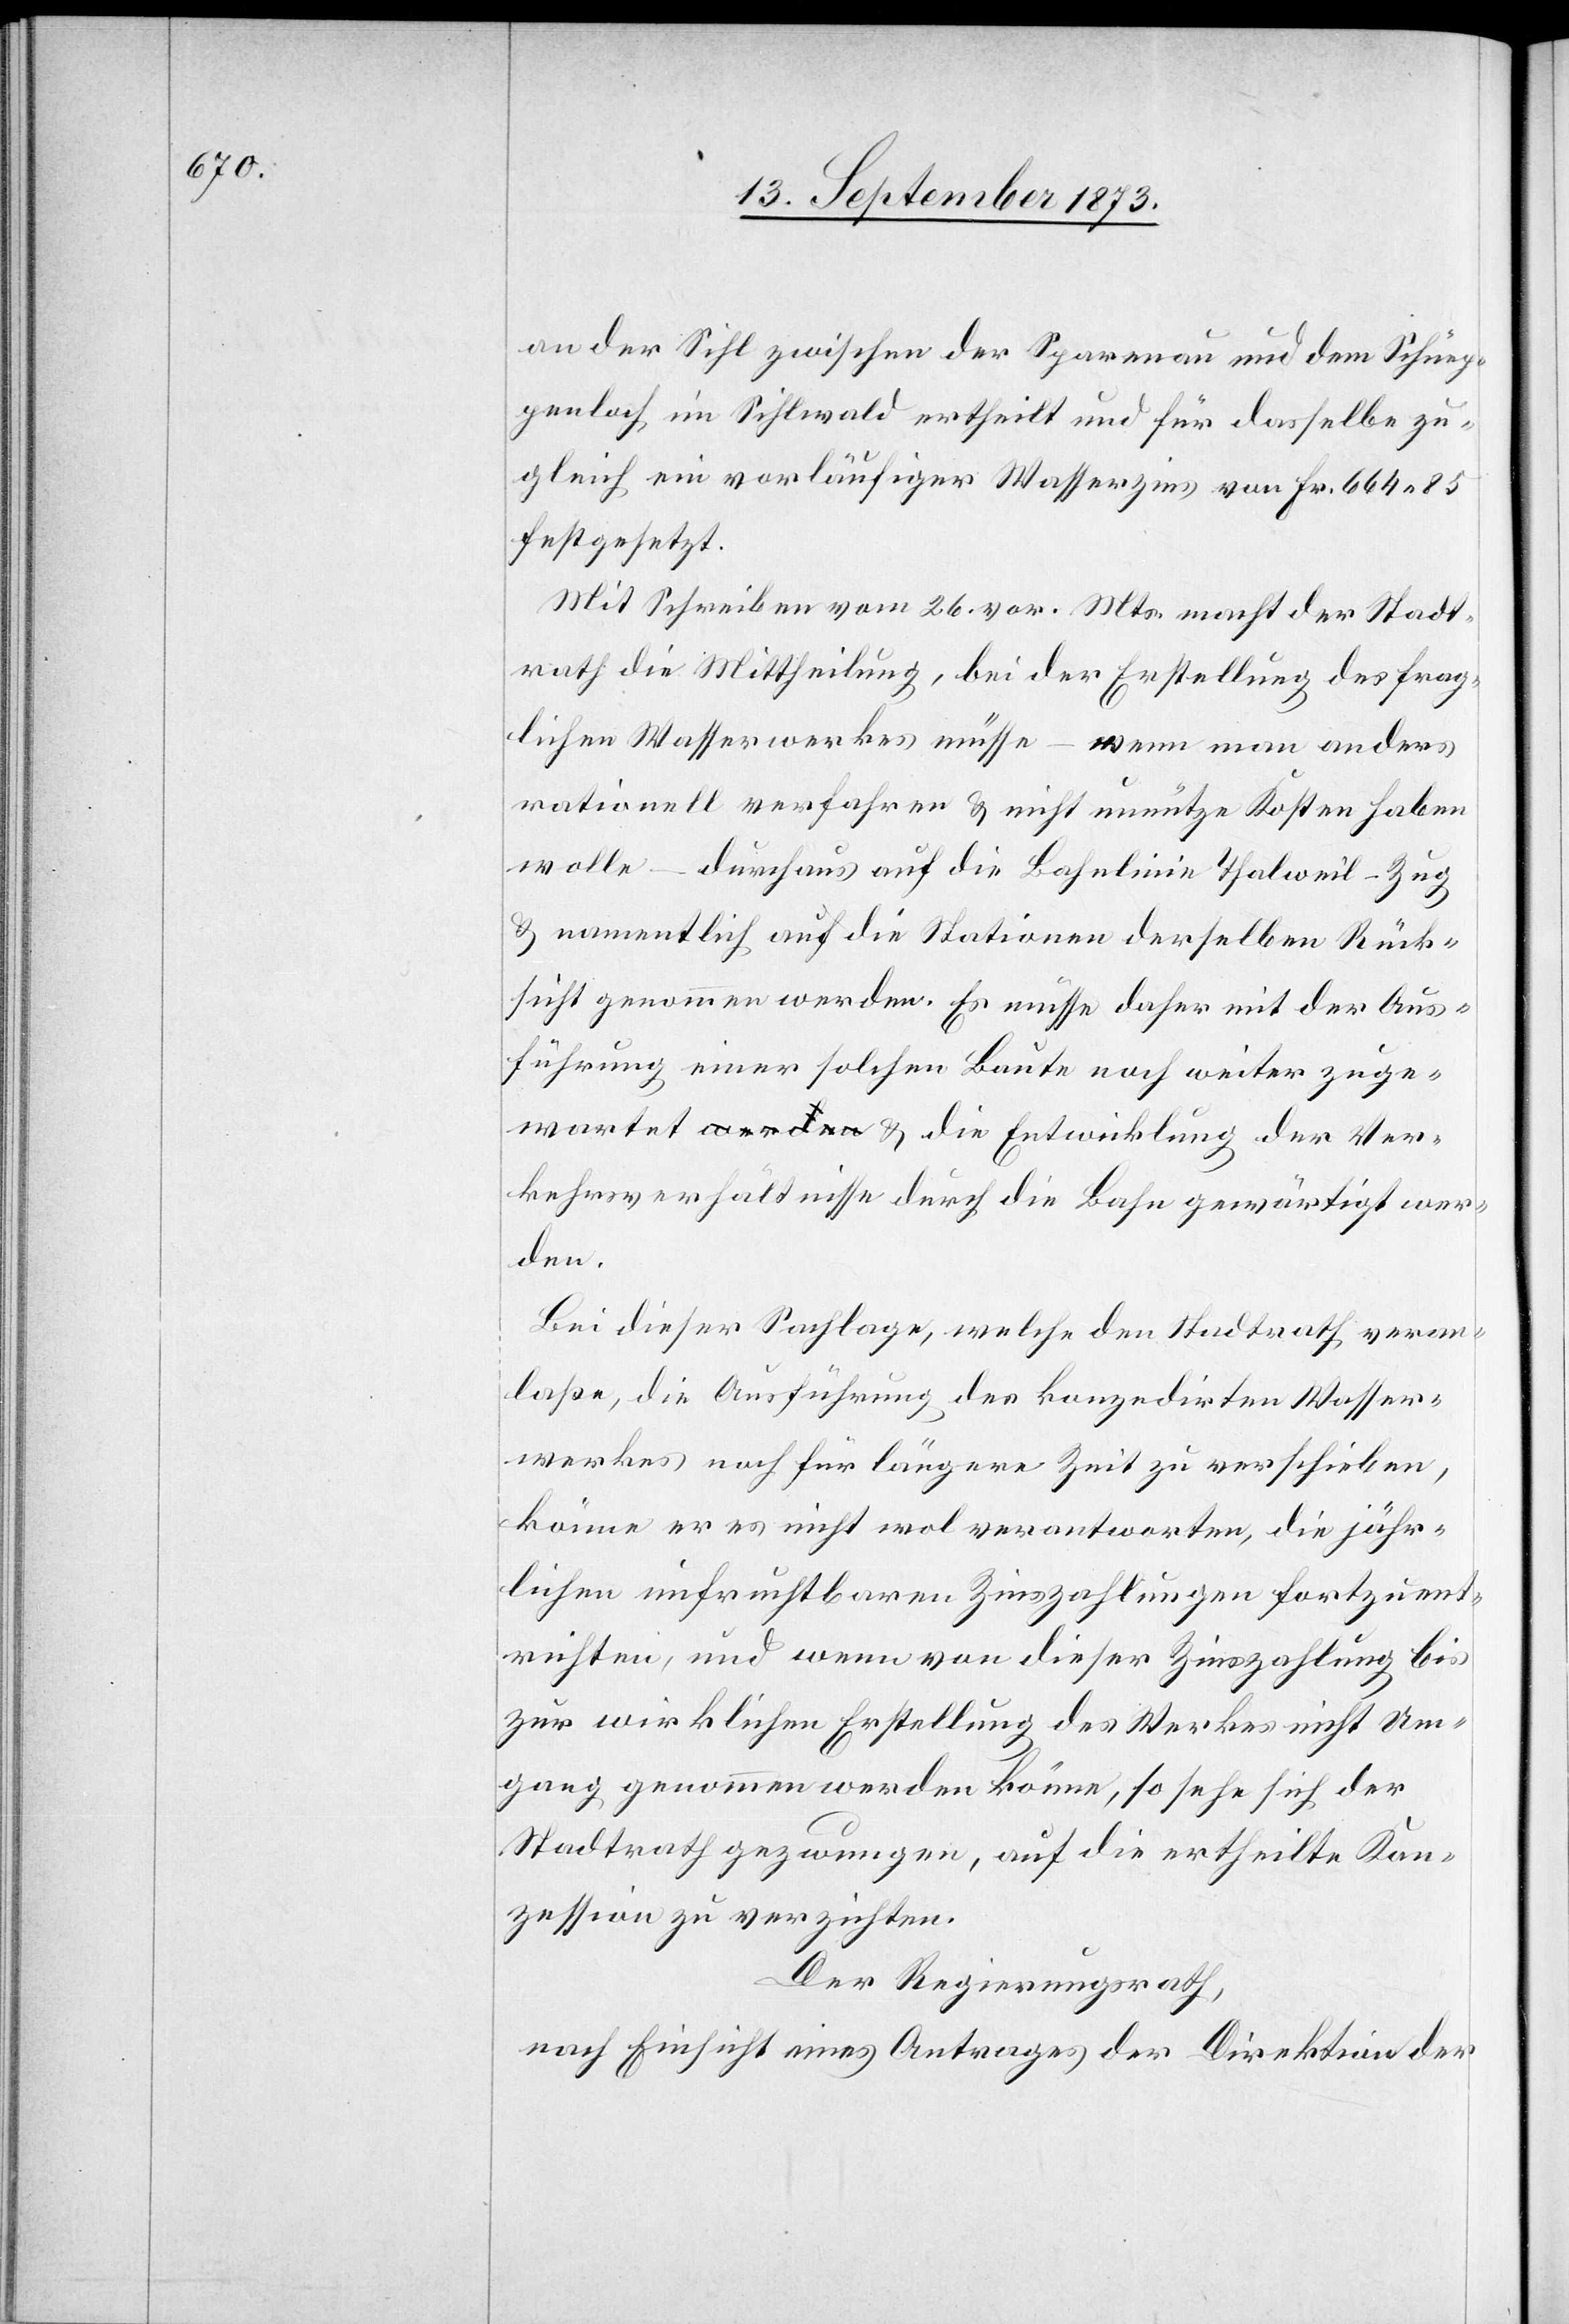
wartet &

an der Sihl zwischen der Sparenau und dem Schüep¬
penloch im Sihlwald ertheilt und für dasselbe zu¬
gleich ein vorläufiger Wasserzins von Fr. 664 85
festgesetzt.
Mit Schreiben vom 26. vor. Mts. macht der Stadt¬
rath die Mittheilung, bei der Erstellung des frag¬
lichen Wasserwerkes müsse – wenn man anders
rationell verfahren & nicht unnütze Kosten haben
wolle – durchaus auf die Bahnlinie Thalweil–Zug
& namentlich auf die Stationen derselben Rück¬
sicht genommen werden. Es müsse daher mit der Aus¬
führung einer solchen Baute noch weiter zuge¬
kehrsverhältnisse durch die Bahn gewärtigt wer¬
den.
Bei dieser Sachlage, welche den Stadtrath veran¬
laße, die Ausführung des konzedirten Wasser¬
werkes noch für längere Zeit zu verschieben,
könne er es nicht wol verantworten, die jähr¬
lichen unfruchtbaren Zinszahlungen fortzuent¬
richten, und wenn von dieser Zinszahlung bis
zur wirklichen Erstellung des Werkes nicht Um¬
gang genommen werden könne, so sehe sich der
Stadtrath gezwungen, auf die ertheilte Kon¬
zession zu verzichten.
Der Regierungsrath,
nach Einsicht eines Antrages der Direktion der